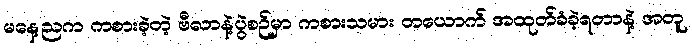
မနေ့ညက ကစားခဲ့တဲ့ ဗီလာနဲ့ပွဲစဉ်မှာ ကစားသမား တယောက် အထုတ်ခံခဲ့ရတာနဲ့ အတူ